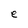
Character: e